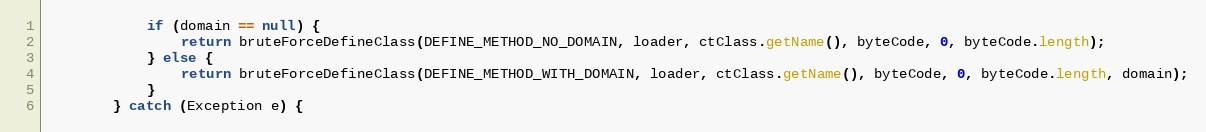
Language: Java
            if (domain == null) {
                return bruteForceDefineClass(DEFINE_METHOD_NO_DOMAIN, loader, ctClass.getName(), byteCode, 0, byteCode.length);
            } else {
                return bruteForceDefineClass(DEFINE_METHOD_WITH_DOMAIN, loader, ctClass.getName(), byteCode, 0, byteCode.length, domain);
            }
        } catch (Exception e) {